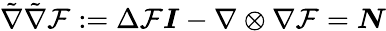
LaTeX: \tilde{\nabla}\tilde{\nabla}\mathcal{F}:=\Delta\mathcal{F}\boldsymbol{{I}}-\nabla\otimes\nabla\mathcal{F}=\boldsymbol{{N}}